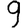
Digit: 9